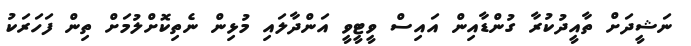
ނަޝީދަށް ތާއީދުކުރާ ގުންޑާއިން އައިސް ވީޓީވީ އަންދާލައި މުޅިން ނެތިކޮށްލުމަށް ތިން ފަހަރަކު